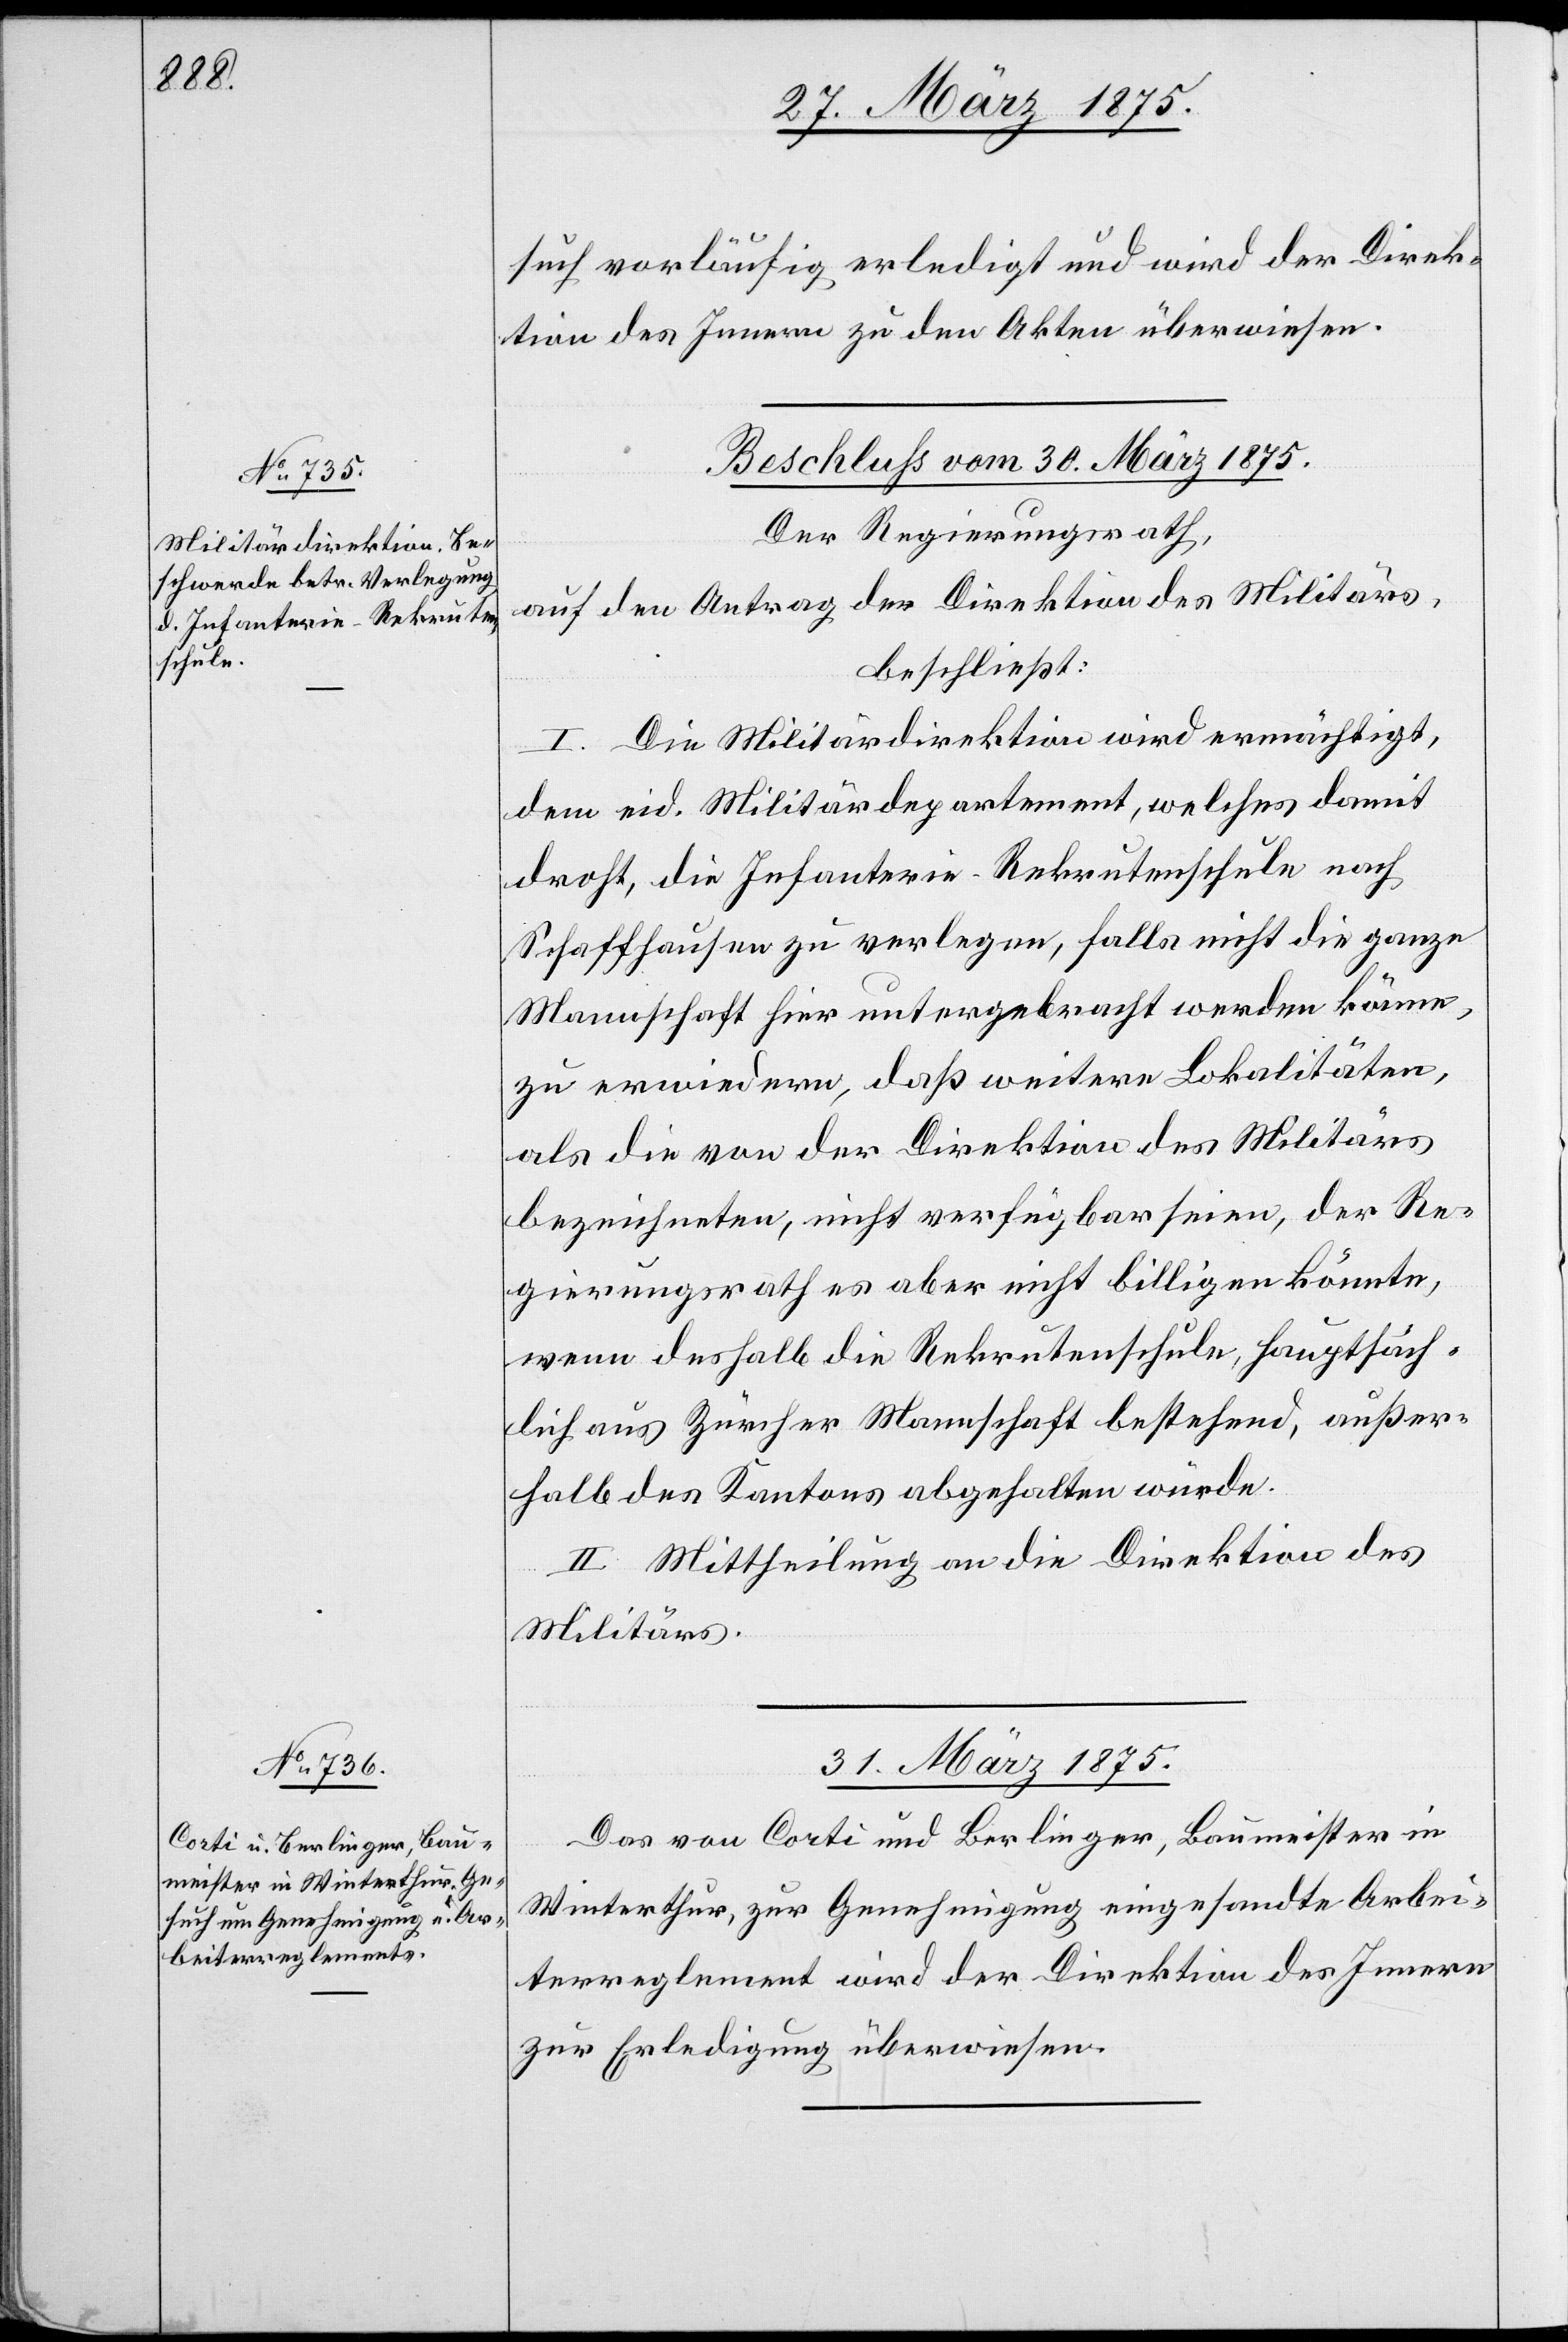
such vorläufig erledigt und wird der Direk¬
tion des Innern zu den Akten überwiesen.
Beschluß vom 30. März 1875.
Der Regierungsrath,
auf den Antrag der Direktion des Militärs,
beschließt:
I. Die Militärdirektion wird ermächtigt,
dem eid. Militärdepartement, welches damit
droht, die Infanterie-Rekrutenschule nach
Schaffhausen zu verlegen, falls nicht die ganze
Mannschaft hier untergebracht werden könne,
zu erwiedern, daß weitere Lokalitäten,
als die von der Direktion des Militärs
bezeichneten, nicht verfügbar seien, der Re¬
gierungsrath es aber nicht billigen könnte,
wenn deshalb die Rekrutenschule, hauptsäch¬
lich aus Zürcher Mannschaft bestehend, außer¬
halb des Kantons abgehalten würde.
II. Mittheilung an die Direktion des
Militärs.
31. März 1875.
Das von Corti und Berlinger, Baumeister in
Winterthur, zur Genehmigung eingesandte Arbei¬
terreglement wird der Direktion des Innern
zur Erledigung überwiesen.